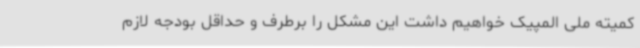
کمیته ملی المپیک خواهیم داشت این مشکل را برطرف و حداقل بودجه لازم